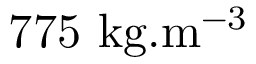
7 7 5 ~ \mathrm { k g } . \mathrm { m } ^ { - 3 }